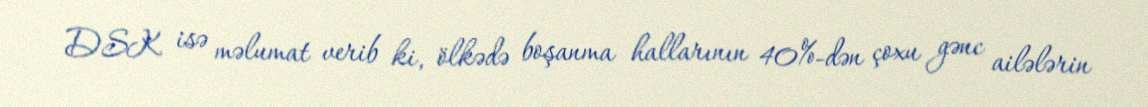
DSK isə məlumat verib ki, ölkədə boşanma hallarının 40%-dən çoxu gənc ailələrin